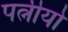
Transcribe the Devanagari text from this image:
पत्नीयो